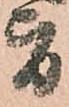
旨